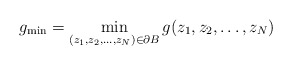
\begin{align*}g_{\min} = \min_{(z_1,z_2,\dots,z_N) \in \partial B} g(z_1,z_2,\dots,z_N)\end{align*}